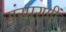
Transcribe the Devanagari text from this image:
संस्मरणीं